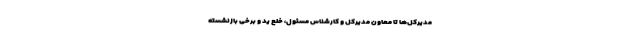
مدیرکل‌ها تا معاون مدیرکل و کارشناس مسئول، خلع ید و برخی بازنشسته